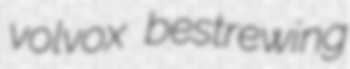
volvox bestrewing